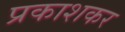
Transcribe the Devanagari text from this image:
प्रकाशकर